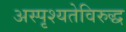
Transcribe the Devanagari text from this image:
अस्पृश्यतेविरुद्ध